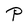
Character: P